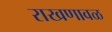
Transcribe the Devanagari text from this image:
राखणावळ